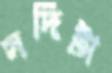
সর্দিটা